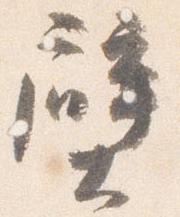
壁